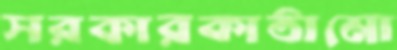
সরকারকাঠামো